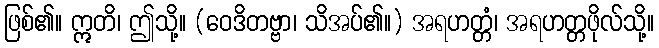
ဖြစ်၏။ ဣတိ၊ ဤသို့။ (ဝေဒိတဗ္ဗာ၊ သိအပ်၏။) အရဟတ္တံ၊ အရဟတ္တဖိုလ်သို့။